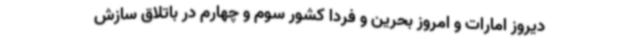
دیروز امارات و امروز بحرین و فردا کشور سوم و چهارم در باتلاق سازش